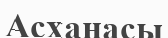
Асханасы